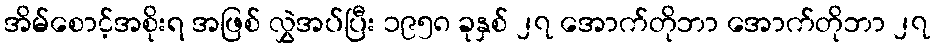
အိမ်စောင့်အစိုးရ အဖြစ် လွှဲအပ်ပြီး ၁၉၅၈ ခုနှစ် ၂၇ အောက်တိုဘာ အောက်တိုဘာ ၂၇